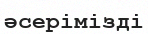
әсерімізді